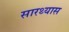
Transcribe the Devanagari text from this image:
सारथ्यास